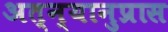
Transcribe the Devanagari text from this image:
अत्न्यानुप्रास